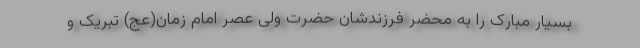
بسیار مبارک را به محضر فرزندشان حضرت ولی عصر امام زمان(عج) تبریک و